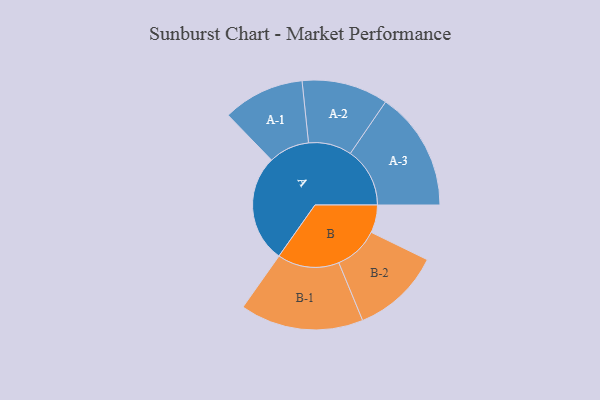
{"axis": {"x": "Segment", "y": "Value"}, "legend": ["", "A", "B"], "data": [{"x": "A", "y": 489, "type": ""}, {"x": "B", "y": 126, "type": ""}, {"x": "A-1", "y": 185, "type": "A"}, {"x": "A-2", "y": 196, "type": "A"}, {"x": "A-3", "y": 270, "type": "A"}, {"x": "B-1", "y": 280, "type": "B"}, {"x": "B-2", "y": 202, "type": "B"}]}